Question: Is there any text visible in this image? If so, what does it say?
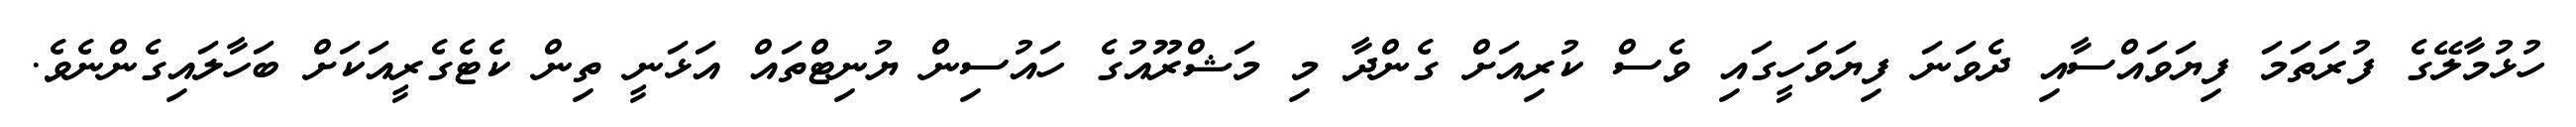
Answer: ހުޅުމާލޭގެ ފުރަތަމަ ފިޔަވައްސާއި ދެވަނަ ފިޔަވަހީގައި ވެސް ކުރިއަށް ގެންދާ މި މަޝްރޫއުގެ ހައުސިން ޔުނިޓްތައް އަޅަނީ ތިން ކެޓެގެރީއަކަށް ބަހާލައިގެންނެވެ.